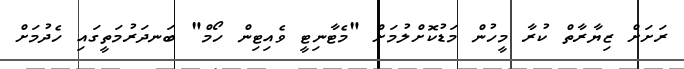
ރަށަށް ޒިޔާރާތް ކުރާ މީހުން މަޑުކޮށްލުމަށް "މެޓާނިޓީ ވެއިޓިން ހޯމް" ބަނދަރުމަތީގައި ހެދުމަށް